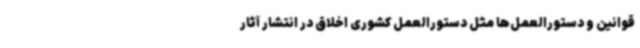
قوانین و دستورالعمل‌ها مثل دستورالعمل کشوری اخلاق در انتشار آثار